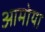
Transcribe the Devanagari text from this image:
आमोया